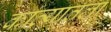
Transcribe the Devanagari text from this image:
काव्यातला